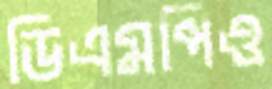
ডিএমপিও